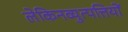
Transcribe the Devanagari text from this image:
लेकिनव्युत्पत्तियों